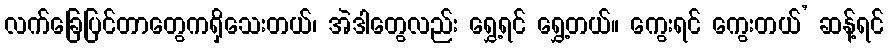
လက်ခြေပြင်တာတွေကရှိသေးတယ်၊ အဲဒါတွေလည်း ရွှေ့ရင် ရွှေ့တယ်။ ကွေးရင် ကွေးတယ်’ ဆန့်ရင်